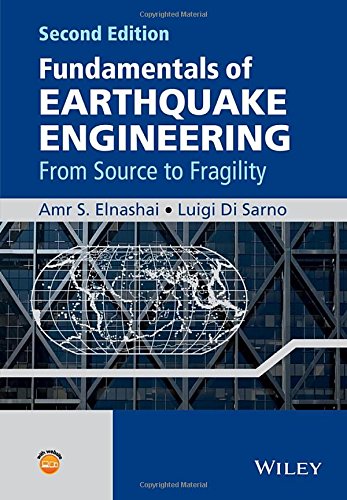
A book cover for Fundamentals of Earthquake Engineering: From Source to Fragility; Amr S. Elnashai; Science & Math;